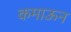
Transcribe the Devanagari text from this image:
कमाऊन